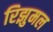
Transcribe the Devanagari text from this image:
रिझुमल